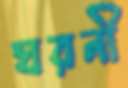
ঘরনী